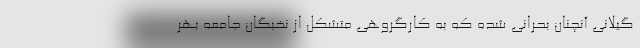
گیلانی آنچنان بحرانی شده که به کارگروهی متشکل از نخبگان جامعه بهر